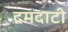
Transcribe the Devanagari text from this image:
दमदाटी